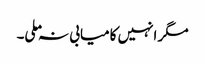
مگر انہیں کامیابی نہ ملی۔